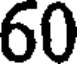
60